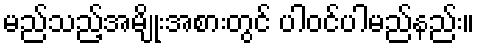
မည်သည့်အမျိုးအစားတွင် ပါဝင်ပါမည်နည်း။